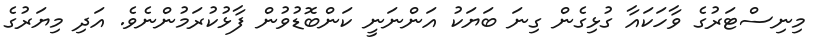
މިނިސްޓަރުގެ ވާހަކައާ ގުޅިގެން ގިނަ ބަޔަކު އަންނަނީ ކަންބޮޑުވުން ފާޅުކުރަމުންނެވެ. އަދި މިޔަރުގެ